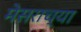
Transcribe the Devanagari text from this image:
मेसराच्या